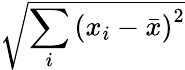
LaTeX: \sqrt{\sum_{i}\left(x_{i}-{\bar{x}}\right)^{2}}